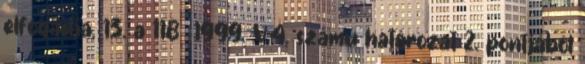
elfogadja. 13. a 118 1999. V.4. számú határozat 2. pontjából